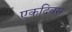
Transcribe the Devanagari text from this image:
एकदिवस